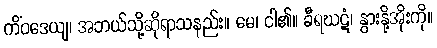
ကိံဝဒေယျ၊ အဘယ်သို့ဆိုရာသနည်း။ မေ၊ ငါ၏။ ခီရဃဋံ၊ နွားနို့အိုးကို။